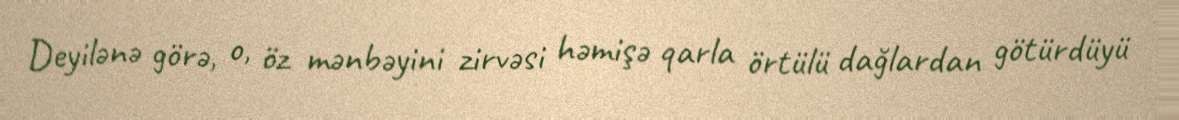
Deyilənə görə, o, öz mənbəyini zirvəsi həmişə qarla örtülü dağlardan götürdüyü